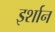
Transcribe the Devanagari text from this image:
इर्शान